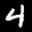
Label: 4